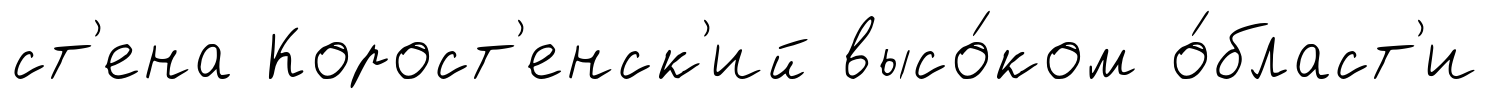
ст'ена Корост'енск'ий высо́ком о́бласт'и